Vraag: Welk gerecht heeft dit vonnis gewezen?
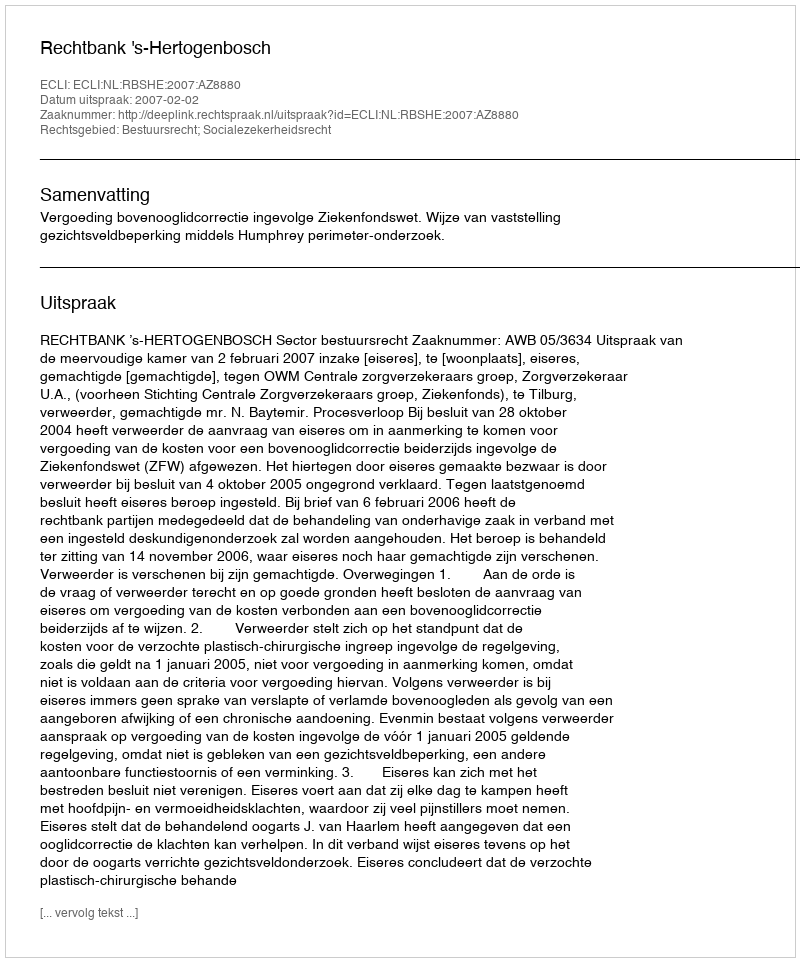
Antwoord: Rechtbank 's-Hertogenbosch